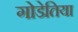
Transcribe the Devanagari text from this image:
गोडेतिया